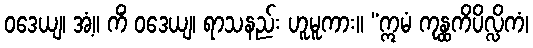
ဝဒေယျ၊ အံ့။ ကိံ ဝဒေယျ၊ ရာသနည်း ဟူမူကား။ “ဣမံ ကုန္ထကိပိလ္လိကံ၊